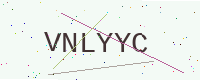
Text: VNLYYC